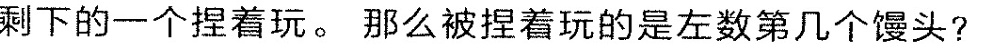
剩下的一个捏着玩。那么被捏着玩的是左数第几个馒头?